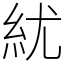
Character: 紌